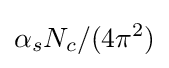
\alpha _{s}N_{c}/(4\pi ^{2})